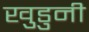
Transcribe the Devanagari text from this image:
खुडुनी